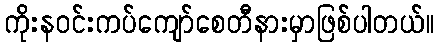
ကိုးန၀င်းကပ်ကျော်စေတီနားမှာဖြစ်ပါတယ်။